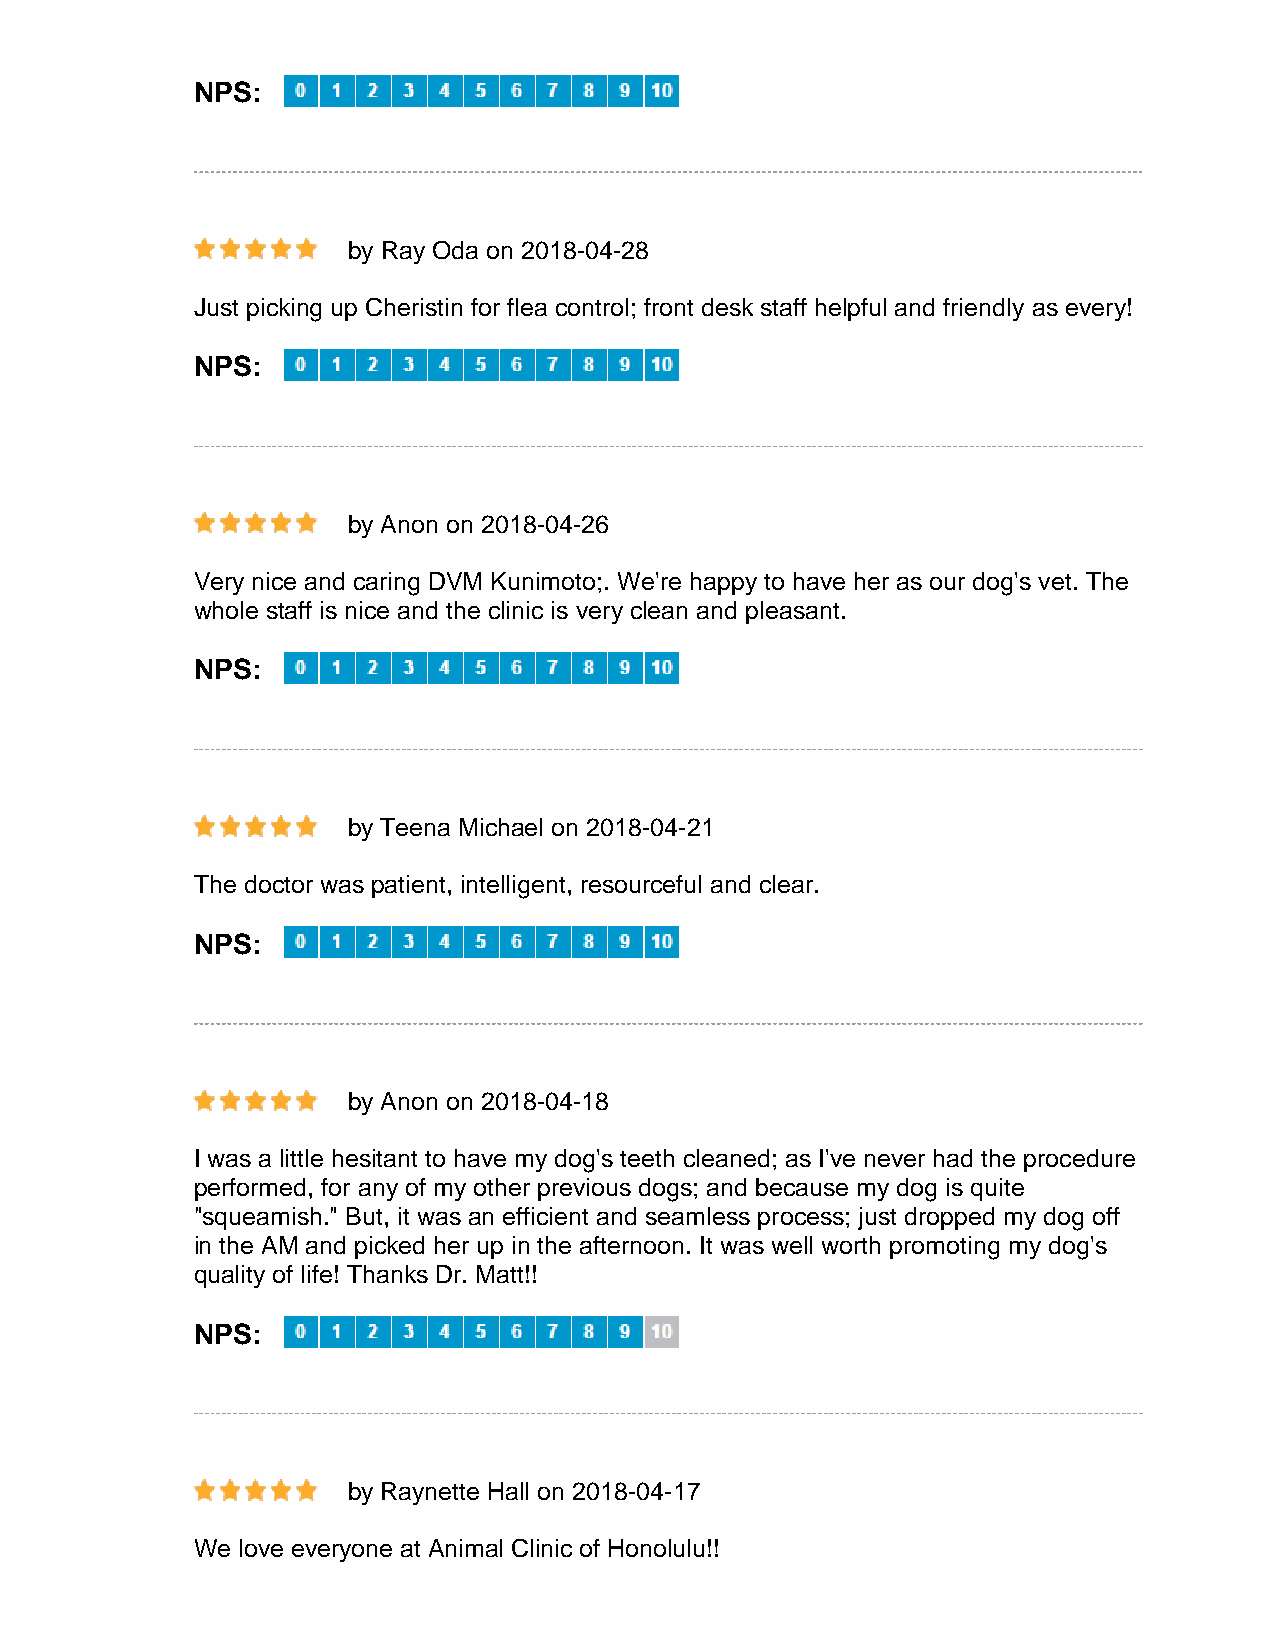
NPS:
 by Ray Oda on 2018-04-28
 Just picking up Cheristin for flea control; front desk staff helpful and friendly as every!
 NPS:
 by Anon on 2018-04-26
 Very nice and caring DVM Kunimoto;. We're happy to have her as our dog's vet. The
 whole staff is nice and the clinic is very clean and pleasant.
 NPS:
 by Teena Michael on 2018-04-21
 The doctor was patient, intelligent, resourceful and clear.
 NPS:
 by Anon on 2018-04-18
 I was a little hesitant to have my dog's teeth cleaned; as I've never had the procedure
 performed, for any of my other previous dogs; and because my dog is quite
 "squeamish." But, it was an efficient and seamless process; just dropped my dog off
 in the AM and picked her up in the afternoon. It was well worth promoting my dog's
 quality of life! Thanks Dr. Matt!!
 NPS:
 by Raynette Hall on 2018-04-17
 We love everyone at Animal Clinic of Honolulu!!